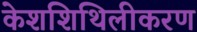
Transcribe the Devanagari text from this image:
केशशिथिलीकरण